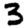
Digit: 3